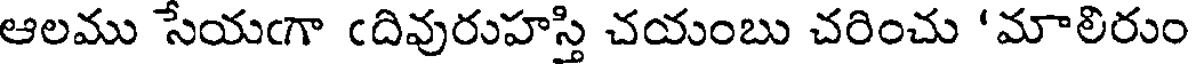
ఆలము సేయఁగా ఁదివురుహస్తి చయంబు చరించు 'మాలిరుం